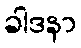
ခါဒနာ